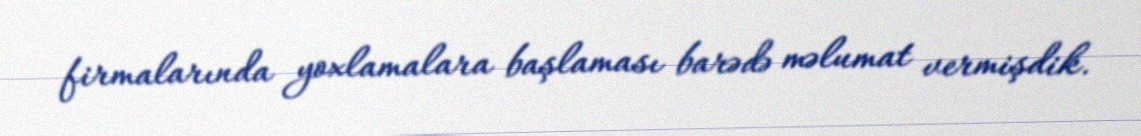
firmalarında yoxlamalara başlaması barədə məlumat vermişdik.